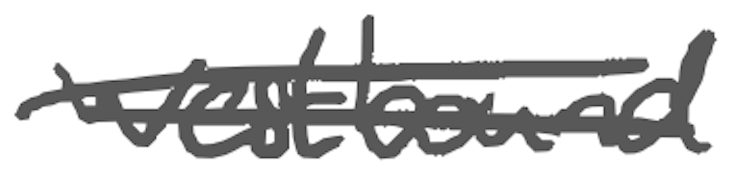
Text: Westbound
Cross-out: double-line
Writing tool: digital_gray